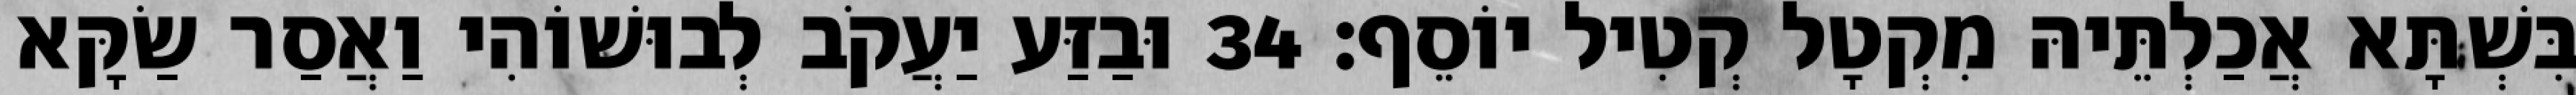
בִּשְׁתָּא אֲכַלְתֵּיהּ מִקְטָל קְטִיל יוֹסֵף׃ 34 וּבַזַּע יַעֲקֹב לְבוּשׁוֹהִי וַאֲסַר שַׂקָּא